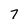
Character: 7